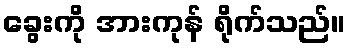
ခွေးကို အားကုန် ရိုက်သည်။